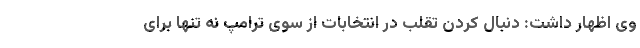
وی اظهار داشت: دنبال کردن تقلب در انتخابات از سوی ترامپ نه تنها برای